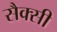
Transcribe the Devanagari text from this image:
सैक्सी